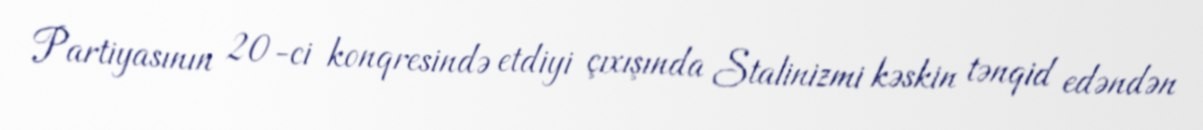
Partiyasının 20-ci konqresində etdiyi çıxışında Stalinizmi kəskin tənqid edəndən